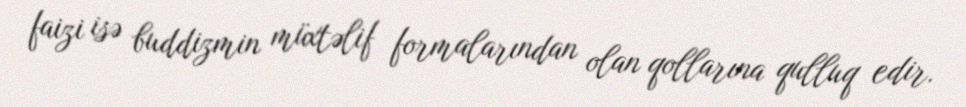
faizi isə buddizmin müxtəlif formalarından olan qollarına qulluq edir.